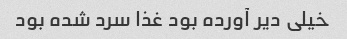
خیلی دیر آورده بود غذا سرد شده بود